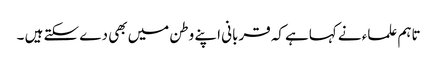
تاہم علماء نے کہاہے کہ قربانی اپنے وطن میں بھی دے سکتے ہیں ۔